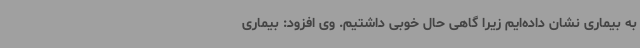
به بیماری نشان داده‌ایم زیرا گاهی حال خوبی داشتیم. وی افزود: بیماری